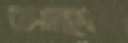
আছমা